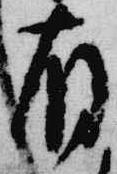
有